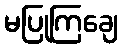
မပြုကြချေ